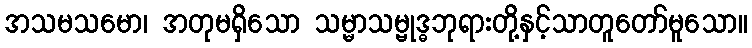
အသမသမော၊ အတုမရှိသော သမ္မာသမ္ဗုဒ္ဓဘုရားတို့နှင့်သာတူတော်မူသော။